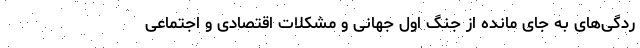
ردگی‌های به جای مانده از جنگ اول جهانی و مشکلات اقتصادی و اجتماعی